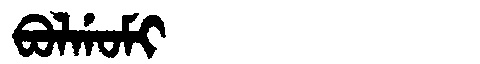
Manchu: ᠪᠣᠯᡤᠣᠮᡳ
Romanization: BOLGOMI